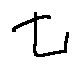
t